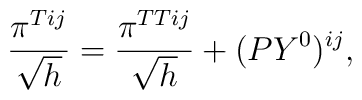
\frac{\pi^{Tij}}{\sqrt h} =\frac{\pi^{TTij} }{\sqrt h} + (PY^0)^{ij},